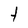
Character: t